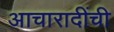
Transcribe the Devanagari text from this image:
आचारादींची